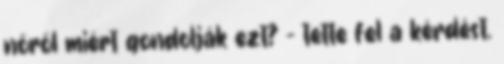
nőről miért gondolják ezt? – tette fel a kérdést.